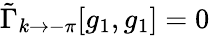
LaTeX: \tilde{\Gamma}_{k\to-\pi}[g_{1},g_{1}]=0